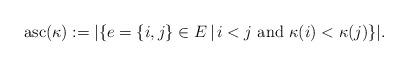
LaTeX: \begin{align*}\mathrm{asc}(\kappa) := \lvert \{ e = \{i,j\} \in E \, \vert \, i < j \textup{ and } \kappa(i) < \kappa(j) \} \rvert.\end{align*}